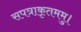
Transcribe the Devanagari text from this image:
सपत्राकृतममु।